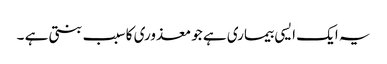
یہ ایک ایسی بیماری ہے جو معذوری کا سبب بنتی ہے ۔